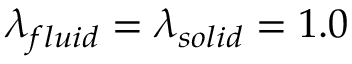
\lambda _ { f l u i d } = \lambda _ { s o l i d } = 1 . 0